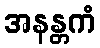
အနန္တကံ